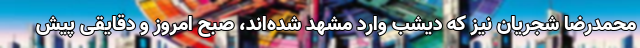
محمدرضا شجریان نیز که دیشب وارد مشهد شده‌اند، صبح امروز و دقایقی پیش